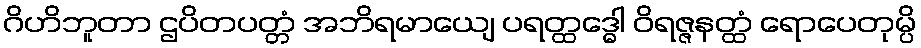
ဂိဟိဘူတာ ဌပိတပတ္တံ အဘိရမာယျေ ပရတ္ထဒ္ဓေါ ဝိရဇ္ဇနတ္ထံ ရောပေတုမ္ပိ